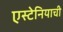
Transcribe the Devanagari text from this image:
एस्टेनियाची